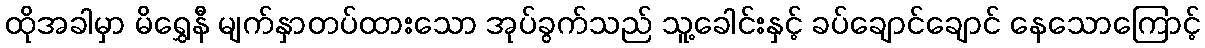
ထိုအခါမှာ မိရွှေနီ မျက်နှာတပ်ထားသော အုပ်ခွက်သည် သူ့ခေါင်းနှင့် ခပ်ချောင်ချောင် နေသောကြောင့်